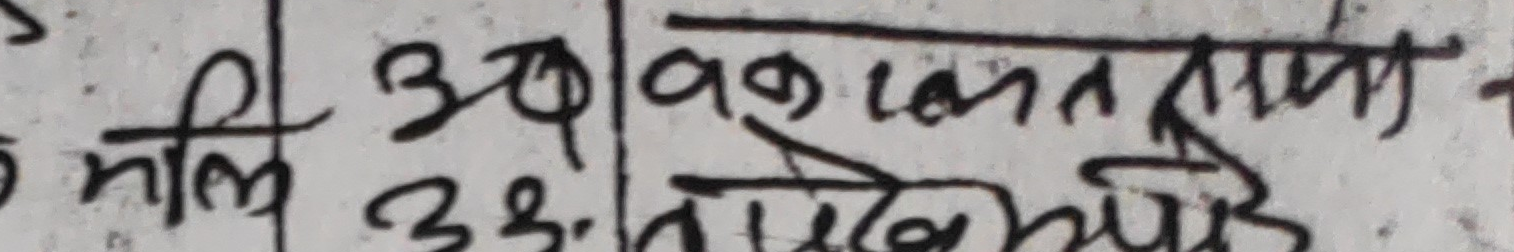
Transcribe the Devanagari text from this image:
मलि ३१।९कालनामा
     ३३।तरिख अघि